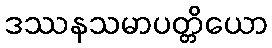
ဒဿနသမာပတ္တိယော